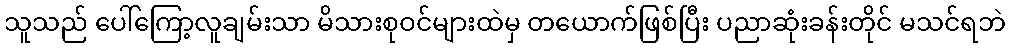
သူသည် ပေါ်ကြော့လူချမ်းသာ မိသားစုဝင်များထဲမှ တယောက်ဖြစ်ပြီး ပညာဆုံးခန်းတိုင် မသင်ရဘဲ